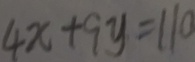
4 x + 9 y = 1 1 0